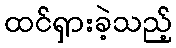
ထင်ရှားခဲ့သည့်